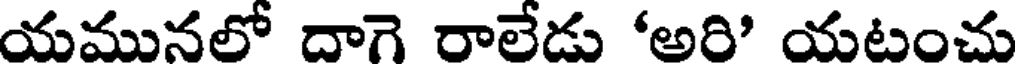
యమునలో దాగె రాలేడు 'అరి' యటంచు